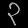
Digit: ၃